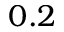
0 . 2